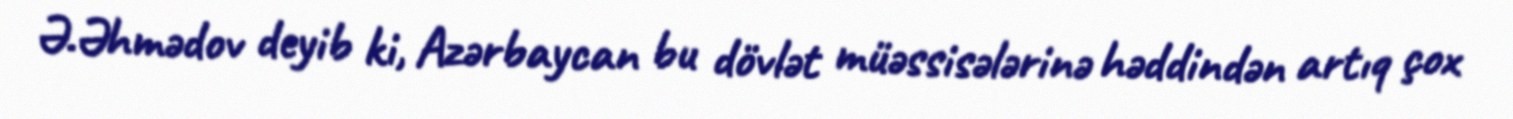
Ə.Əhmədov deyib ki, Azərbaycan bu dövlət müəssisələrinə həddindən artıq çox